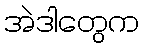
အဲဒါတွေက